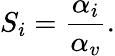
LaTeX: S_{i}=\frac{\alpha_{i}}{\alpha_{v}}.